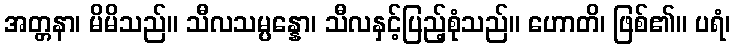
အတ္တနာ၊ မိမိသည်။ သီလသမ္ပန္နော၊ သီလနှင့်ပြည့်စုံသည်။ ဟောတိ၊ ဖြစ်၏။ ပရံ၊